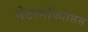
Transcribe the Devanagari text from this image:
मेटामॉर्फोसिस